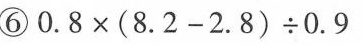
⑥ $$0 . 8 \times ( 8 . 2 - 2 . 8 ) \div 0 . 9$$